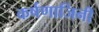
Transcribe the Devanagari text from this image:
कर्षणाजिनी